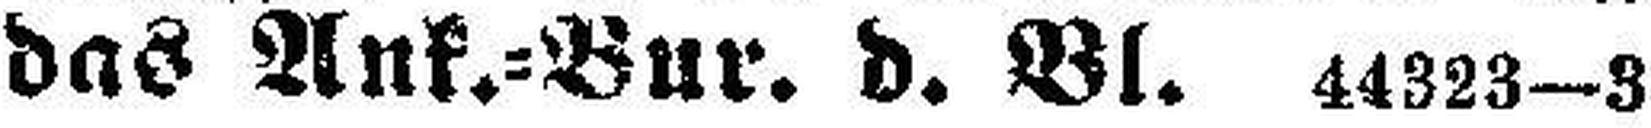
das Ank.=Bur. d. Bl. 44323—3